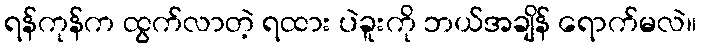
ရန်ကုန်က ထွက်လာတဲ့ ရထား ပဲခူးကို ဘယ်အချိန် ရောက်မလဲ။